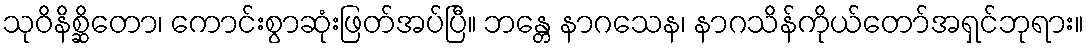
သုဝိနိစ္ဆိတော၊ ကောင်းစွာဆုံးဖြတ်အပ်ပြီ။ ဘန္တေ နာဂသေန၊ နာဂသိန်ကိုယ်တော်အရှင်ဘုရား။